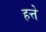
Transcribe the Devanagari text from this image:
हत्ते